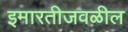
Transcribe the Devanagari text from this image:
इमारतीजवळील